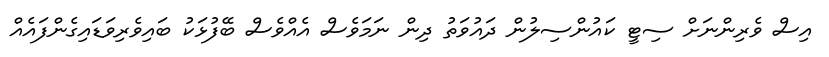
އިސް ވެރިންނަށް ސިޓީ ކައުންސިލުން ދައުވަތު ދިން ނަމަވެސް އެއްވެސް ބޭފުޅަކު ބައިވެރިވަޑައިގެންފައެއް